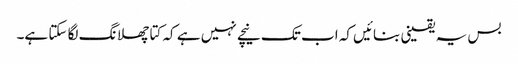
بس یہ یقینی بنائیں کہ اب تک نیچے نہیں ہے کہ کتا چھلانگ لگا سکتا ہے۔